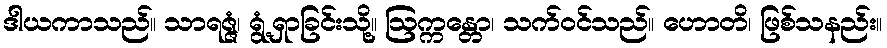
ဒါယကာသည်။ သာရဇ္ဇံ၊ ရွံ့ရှာခြင်းသို့။ ဩက္ကန္တော၊ သက်ဝင်သည်။ ဟောတိ၊ ဖြစ်သနည်း။